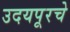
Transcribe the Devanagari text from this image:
उदयपूरचे